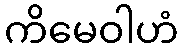
ကိမေဝါဟံ